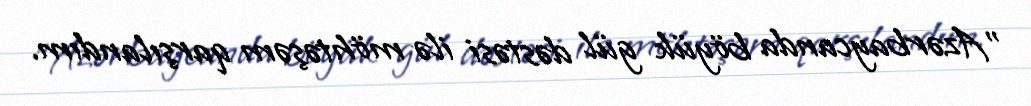
"Azərbaycanda böyük gül dəstəsi ilə möhtəşəm qarşılandım.